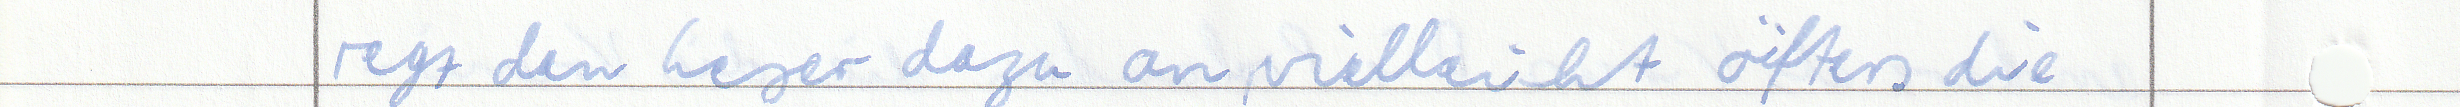
regt den Leser dazu an, vielleicht öfters die